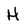
Character: H